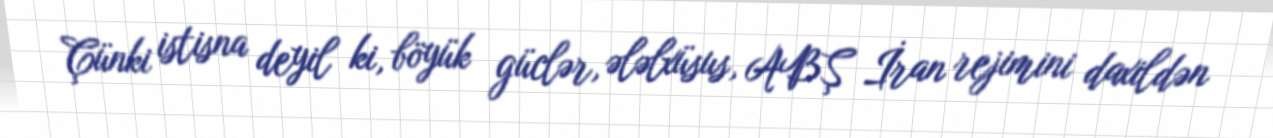
Çünki istisna deyil ki, böyük güclər, ələlxüsus, ABŞ İran rejimini daxildən